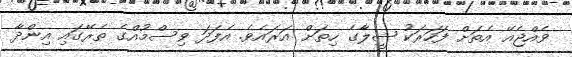
ވެއްޖެއޭ އެތަށް ފަހަރަކު ޝީލާގެ ހިތަށް އަރައެވެ. އެފަދަ ވިސްމުއްގެ ތެރޭގައި އިންދާ